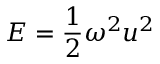
E = \frac { 1 } { 2 } \omega ^ { 2 } u ^ { 2 }